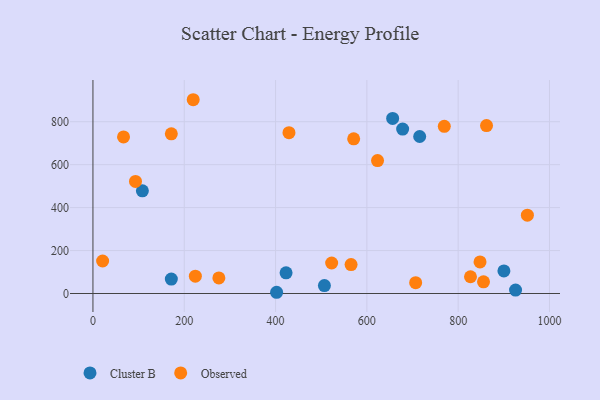
{"axis": {"x": "Speed", "y": "Yield"}, "legend": ["Cluster B", "Observed"], "data": [{"x": "507.0", "y": 37.0, "type": "Cluster B"}, {"x": "715.7", "y": 731.0, "type": "Cluster B"}, {"x": "656.5", "y": 815.2, "type": "Cluster B"}, {"x": "678.4", "y": 765.6, "type": "Cluster B"}, {"x": "402.3", "y": 5.7, "type": "Cluster B"}, {"x": "900.2", "y": 105.2, "type": "Cluster B"}, {"x": "423.0", "y": 96.3, "type": "Cluster B"}, {"x": "108.3", "y": 478.3, "type": "Cluster B"}, {"x": "925.7", "y": 16.1, "type": "Cluster B"}, {"x": "171.7", "y": 67.3, "type": "Cluster B"}, {"x": "67.0", "y": 729.0, "type": "Observed"}, {"x": "565.4", "y": 134.9, "type": "Observed"}, {"x": "769.6", "y": 778.3, "type": "Observed"}, {"x": "275.8", "y": 72.7, "type": "Observed"}, {"x": "224.3", "y": 80.8, "type": "Observed"}, {"x": "219.6", "y": 902.3, "type": "Observed"}, {"x": "522.9", "y": 142.0, "type": "Observed"}, {"x": "847.9", "y": 146.9, "type": "Observed"}, {"x": "21.2", "y": 151.4, "type": "Observed"}, {"x": "951.6", "y": 364.9, "type": "Observed"}, {"x": "571.1", "y": 720.1, "type": "Observed"}, {"x": "429.4", "y": 748.7, "type": "Observed"}, {"x": "623.4", "y": 619.0, "type": "Observed"}, {"x": "862.1", "y": 782.0, "type": "Observed"}, {"x": "827.0", "y": 78.1, "type": "Observed"}, {"x": "855.5", "y": 54.4, "type": "Observed"}, {"x": "93.2", "y": 522.0, "type": "Observed"}, {"x": "706.9", "y": 50.2, "type": "Observed"}, {"x": "171.7", "y": 743.5, "type": "Observed"}]}